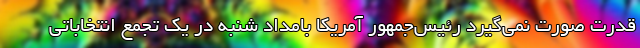
قدرت صورت نمی‌گیرد رئیس‌جمهور آمریکا بامداد شنبه در یک تجمع انتخاباتی